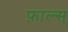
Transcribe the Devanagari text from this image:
फ़ाल्स्